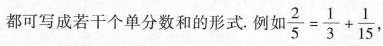
都可写成若干个单分数和的形式。例如 $$\frac { 2 } { 5 } = \frac { 1 } { 3 } + \frac { 1 } { 1 5 }$$，